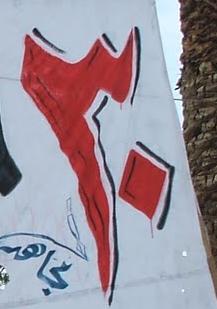
٣ .